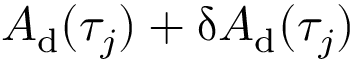
A _ { \mathrm { d } } ( \tau _ { j } ) + \updelta A _ { \mathrm { d } } ( \tau _ { j } )